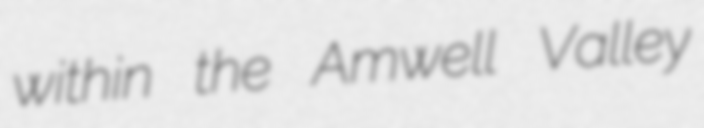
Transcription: within the Amwell Valley